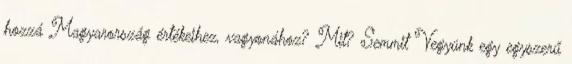
hozzá Magyarország értékeihez, vagyonához? Mit? Semmit Vegyünk egy egyszerű